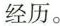
经历。